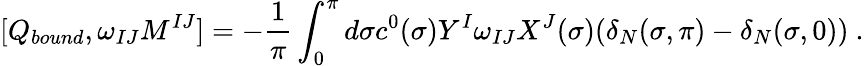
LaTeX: [Q_{bound},\omega_{IJ}M^{IJ}]=-\frac{1}{\pi}\int_{0}^{\pi}d\sigma c^{0}(\sigma)Y^{I}\omega_{IJ}X^{J}(\sigma)(\delta_{N}(\sigma,\pi)-\delta_{N}(\sigma,0))\ .